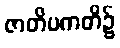
ဇာတိပကတိ၌